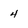
Character: 4